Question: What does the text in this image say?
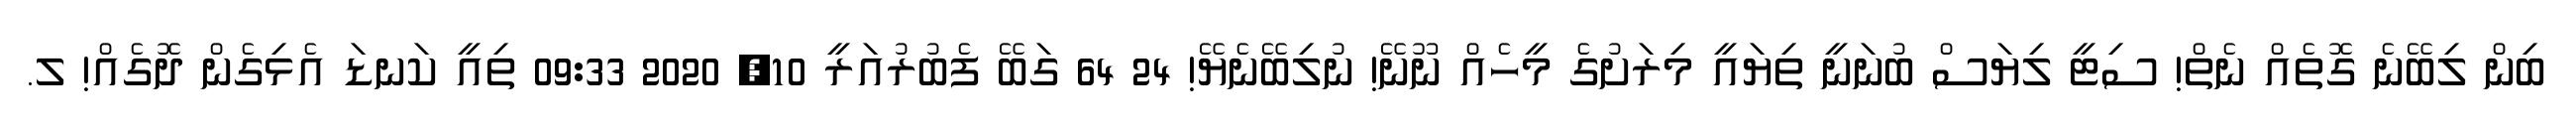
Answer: ބިން ލިބޭނެ ގޮތެއް ނެތް! ސިޓީ ލިޔަސް ބުނަނީ ތިޔައީ މިރަށުގެ މީހެއް ނޫނޭ! ނުލިބޭނެޔޭ! 24 64 ގަބޭ ފެބުރުއަރީ 10, 2020 09:33 ތިއީ ކަނޑަ އެޅިގެން ދޮގެއް! ލ.